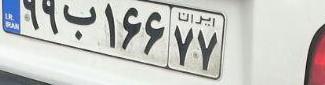
۹۹ب۱۶۶۷۷